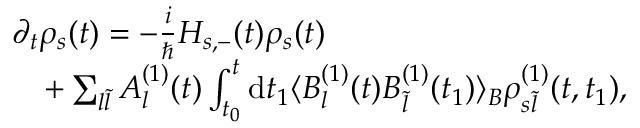
\begin{array} { r l } & { \partial _ { t } \rho _ { s } ( t ) = - \frac { i } { \hbar } H _ { s , - } ( t ) \rho _ { s } ( t ) } \\ & { \quad + \sum _ { l \tilde { l } } A _ { l } ^ { ( 1 ) } ( t ) \int _ { t _ { 0 } } ^ { t } \mathrm { d } t _ { 1 } \langle B _ { l } ^ { ( 1 ) } ( t ) B _ { \tilde { l } } ^ { ( 1 ) } ( t _ { 1 } ) \rangle _ { B } \rho _ { s \tilde { l } } ^ { ( 1 ) } ( t , t _ { 1 } ) , } \end{array}